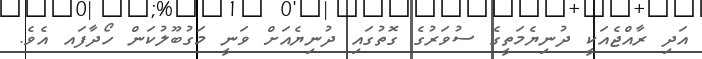
އަދި ރާއްޖެއަކީ ދުނިޔެމަތީގެ ސުވަރުގެ ގޮތުގައި ދުނިޔެއަށް ވަނީ މަގުބޫލުކަން ހޯދާފައ އެވެ.